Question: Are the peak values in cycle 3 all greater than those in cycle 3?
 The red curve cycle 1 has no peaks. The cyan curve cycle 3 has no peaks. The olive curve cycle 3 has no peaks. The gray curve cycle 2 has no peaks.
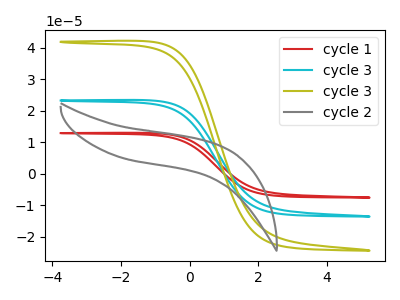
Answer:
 <answer>Niether CV has any peaks.</answer>
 <eval>blanks</eval>